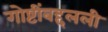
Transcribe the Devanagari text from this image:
गोष्टींबद्दलली